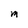
Character: M